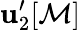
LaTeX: \mathbf{u}_{2}^{\prime}[\mathcal{{M}}]